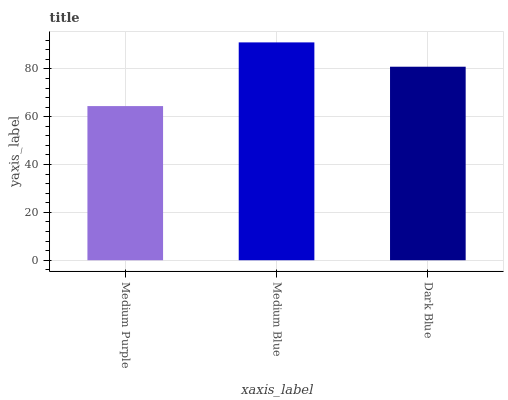
| xaxis_label | bars |
 | --- | --- |
 | Medium Purple | 64.5 |
 | Medium Blue | 91.1 |
 | Dark Blue | 80.9 |